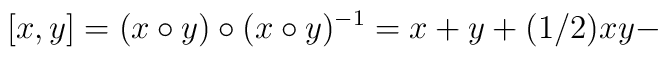
[x,y]=  (x \circ y) \circ (x \circ y)^{-1}=x+y+ (1/2)xy -